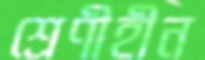
শ্রেণীহীন